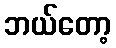
ဘယ်တော့